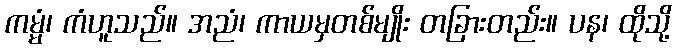
ကမ္မံ၊ ကံဟူသည်။ အညံ၊ ကာယမှတစ်မျိုး တခြားတည်း။ ပန၊ ထိုသို့